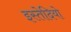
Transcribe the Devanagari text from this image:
इस्तेदियो